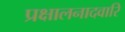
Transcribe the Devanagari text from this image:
प्रक्षालनादवारि